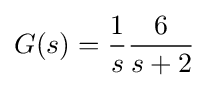
G(s)={\frac {1}{s}}{\frac {6}{s+2}}